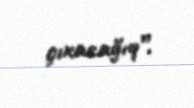
çıxacağıq”.